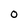
Character: 0